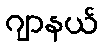
ဂျာနယ်